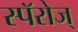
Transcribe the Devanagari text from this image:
स्पॅरोज्